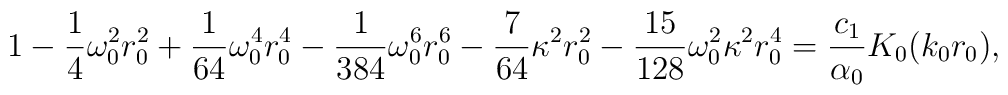
1 - \frac14\omega_0^2r_0^2 + \frac{1}{64}\omega_0^4r_0^4 -\frac{1}{384}\omega_0^6r_0^6 - \frac{7}{64}\kappa^2r_0^2 -\frac{15}{128}\omega_0^2\kappa^2r_0^4 =      \frac{c_1}{\alpha_0}K_0(k_0r_0),